Indian journal of veterinary science and animal husbandry - Volumes 18-21, 1948-1951
Year: 1948
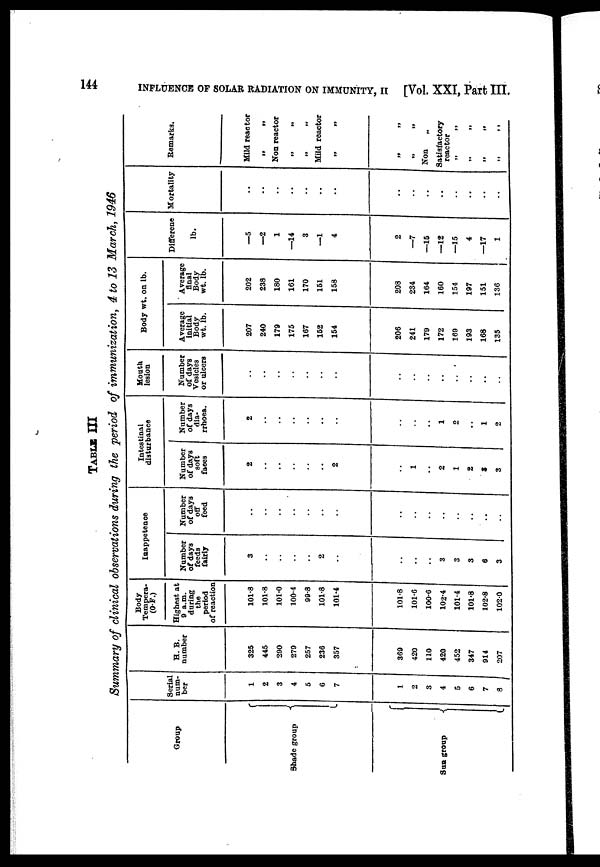
144
INFLUENCE OF SOLAR RADIATION ON IMMUNITY, II
[Vol. XXI, Part III.
TABLE III
Summary of clinical observations during the period of immunization, 4 to 13 March, 1946
Group
Shade group
Sun group
Serial
num-
ber
1
2
3
4
5
6
7
1
2
3
4
5
6
7
8
H. B.
number
325
445
290
279
257
236
357
369
420
110
420
452
347
914
207
Body
Tempera-
(O.F)
Highest, at
9 a.m.
during
the
period
of reaction
101.8
101.8
1010
100.4
99.8
101.8
101.4
101.8
101.6
100.6
102.4
101.4
101.8
102.8
102.0
Inappetence
Number
of days
feeds
fairly
3
..
..
..
..
2
..
..
..
..
3
3
3
6
3
Number
of days
off
feed
..
..
..
..
..
..
..
..
..
..
..
..
..
..
..
Intestinal
disturbance
Number
of days
soft
faces
2
..
..
..
..
..
2
..
1
..
2
1
2
3
3
Number
of days
dia-
rrhoea.
2
..
..
..
..
..
..
..
..
1
2
..
1
2
Mouth
lesion
Number
of days
Vesicles
or ulcers
..
..
..
..
..
..
..
..
..
..
..
..
..
..
..
Body wt. on lb.
Average
initial
Body
wt. lb.
207
240
179
175
167
152
154
206
241
179
172
169
193
168
135
Average
final
Body
wt. lb.
202
238
180
161
170
151
158
208
234
164
160
154
197
151
136
Differene
lb.
—5
—2
1
—14
3
—1
4
2
—7
—15
—12
—15
4
—17
1
Mortality
..
..
..
..
..
..
..
..
..
..
..
..
..
..
..
Remarks.
Mild reactor
„ „
Non reactor
„ „
„ „
Mild reactor
„
„ „
„ „
Non
„
Satisfactory
reactor
„ „
„ „
„
„
„ „